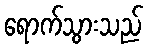
ရောက်သွားသည်